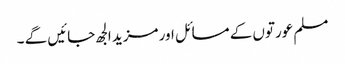
مسلم عورتوں کے مسائل اور مزید الجھ جائیں گے ۔